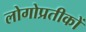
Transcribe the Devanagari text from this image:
लोगोप्रतीकों